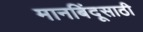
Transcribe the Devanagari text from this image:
मानबिंदूसाठी